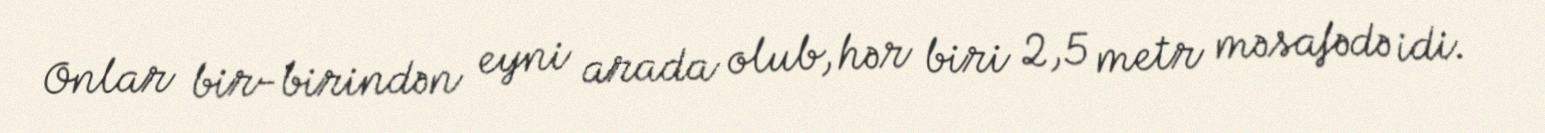
Onlar bir-birindən eyni arada olub, hər biri 2,5 metr məsafədə idi.